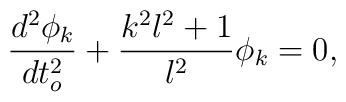
\frac{d^2\phi_k}{dt_o^2}+\frac{k^2l^2+1}{l^2}\phi_k=0,